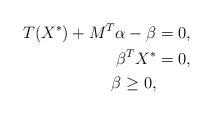
LaTeX: \begin{align*}T(X^*)+M^T\alpha-\beta&=0,\\\beta^T X^*&=0,\\\beta\geq 0,\end{align*}